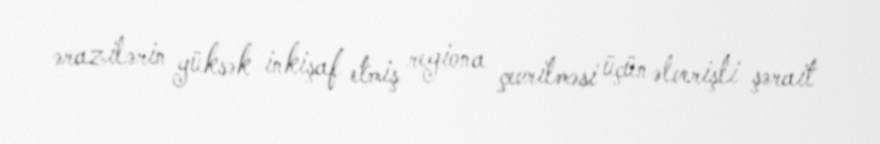
ərazilərin yüksək inkişaf etmiş regiona çevrilməsi üçün əlverişli şərait